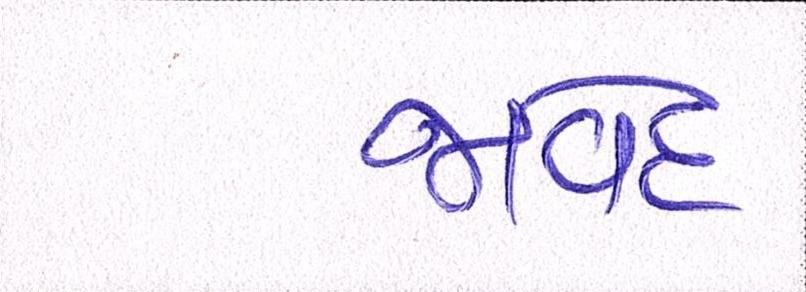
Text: જાવેદ